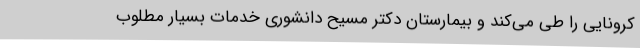
کرونایی را طی می‌کند و بیمارستان دکتر مسیح دانشوری خدمات بسیار مطلوب